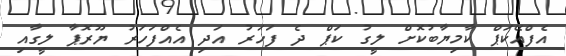
އެފްއޭކަޕް ކާމިޔާބުކޮށް ލީގު ކަޕް ދެ ފަހަރު އަދި އެއްފަހަރު ޔޫރޮޕާ ލީގާއި